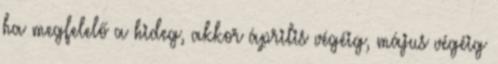
ha megfelelő a hideg, akkor április végéig, május végéig